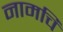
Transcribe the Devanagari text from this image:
नामचि